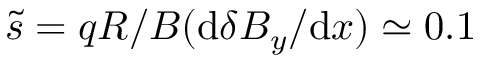
\tilde { s } = q R / B ( \mathrm { d } \delta B _ { y } / \mathrm { d } x ) \simeq 0 . 1